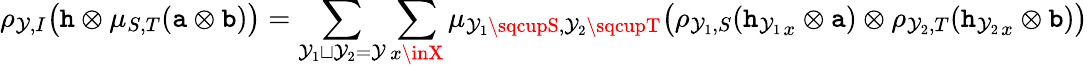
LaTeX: \rho_{\mathcal{Y},I}\big(\mathtt{{h}}\otimes\mu_{S,T}(\mathtt{{a}}\otimes\mathtt{{b}})\big)=\sum_{\mathcal{Y}_{1}\sqcup\mathcal{Y}_{2}=\mathcal{Y}}\sum_{x\inX}\mu_{\mathcal{Y}_{1}\sqcupS,\mathcal{Y}_{2}\sqcupT}\big(\rho_{\mathcal{Y}_{1},S}({\mathtt{{h}}_{\mathcal{Y}_{1}}}_{x}\otimes\mathtt{{a}})\otimes\rho_{\mathcal{Y}_{2},T}({\mathtt{{h}}_{\mathcal{Y}_{2}}}_{x}\otimes\mathtt{{b}})\big)